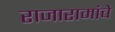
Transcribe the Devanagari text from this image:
राजारामांचे